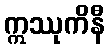
ဣဿုကိနီ